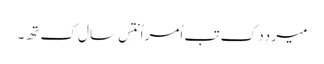
میرِ دِدِ کِ تب اُمر اُنتِس سال کِ تھِ۔